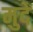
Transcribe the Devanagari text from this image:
मुदे